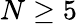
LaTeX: N\ge 5